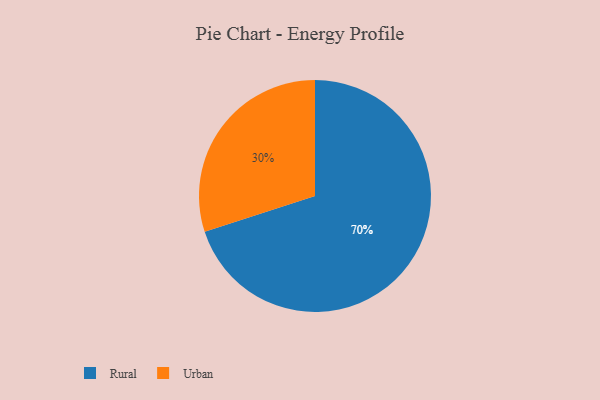
{"axis": {"x": "Category", "y": "Percentage"}, "legend": ["Rural", "Urban"], "data": [{"x": "Rural", "y": 70, "type": "Rural"}, {"x": "Urban", "y": 30, "type": "Urban"}]}